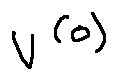
v ^ { ( 0 ) }